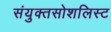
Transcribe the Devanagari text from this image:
संयुक्तसोशलिस्ट